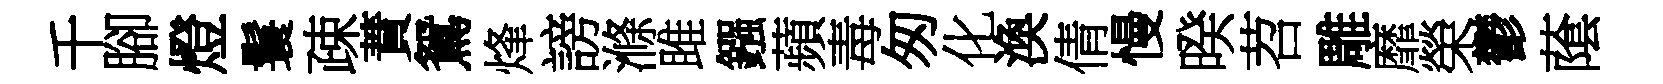
千腳燈鬟疎蕡鴛烽謗滌雎鏹蘋毒匆化渙倩慢暌苕雕靡榮鬱䕃